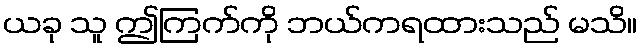
ယခု သူ ဤကြက်ကို ဘယ်ကရထားသည် မသိ။